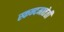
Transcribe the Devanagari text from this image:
स्कन्दमातेती